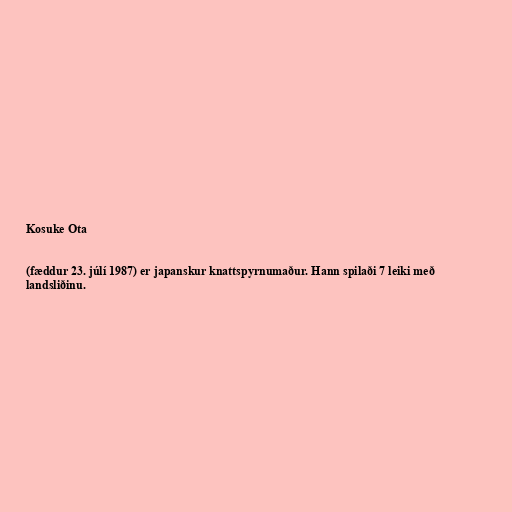
Kosuke Ota

(fæddur 23. júlí 1987) er japanskur knattspyrnumaður. Hann spilaði 7 leiki með
landsliðinu.